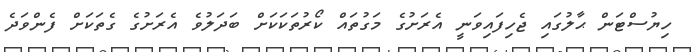
ހިޔުސްޓަން ޙާލުގައި ޖެހިފައިވަނީ އެރަށުގެ މަގުތައް ކޯރުތަކަކަށް ބަދަލުވެ އެރަށުގެ ގެތަކަށް ފެންވަދެ